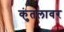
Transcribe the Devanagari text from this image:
कुंतलावर